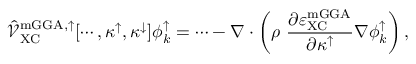
\hat { \mathcal { V } } _ { \mathrm { X C } } ^ { \mathrm { m G G A , \uparrow } } [ \cdots , \kappa ^ { \uparrow } , \kappa ^ { \downarrow } ] \phi _ { k } ^ { \uparrow } = \cdots - \nabla \cdot \left( \rho \ \frac { \partial \varepsilon _ { \mathrm { X C } } ^ { \mathrm { m G G A } } } { \partial \kappa ^ { \uparrow } } \nabla \phi _ { k } ^ { \uparrow } \right) ,